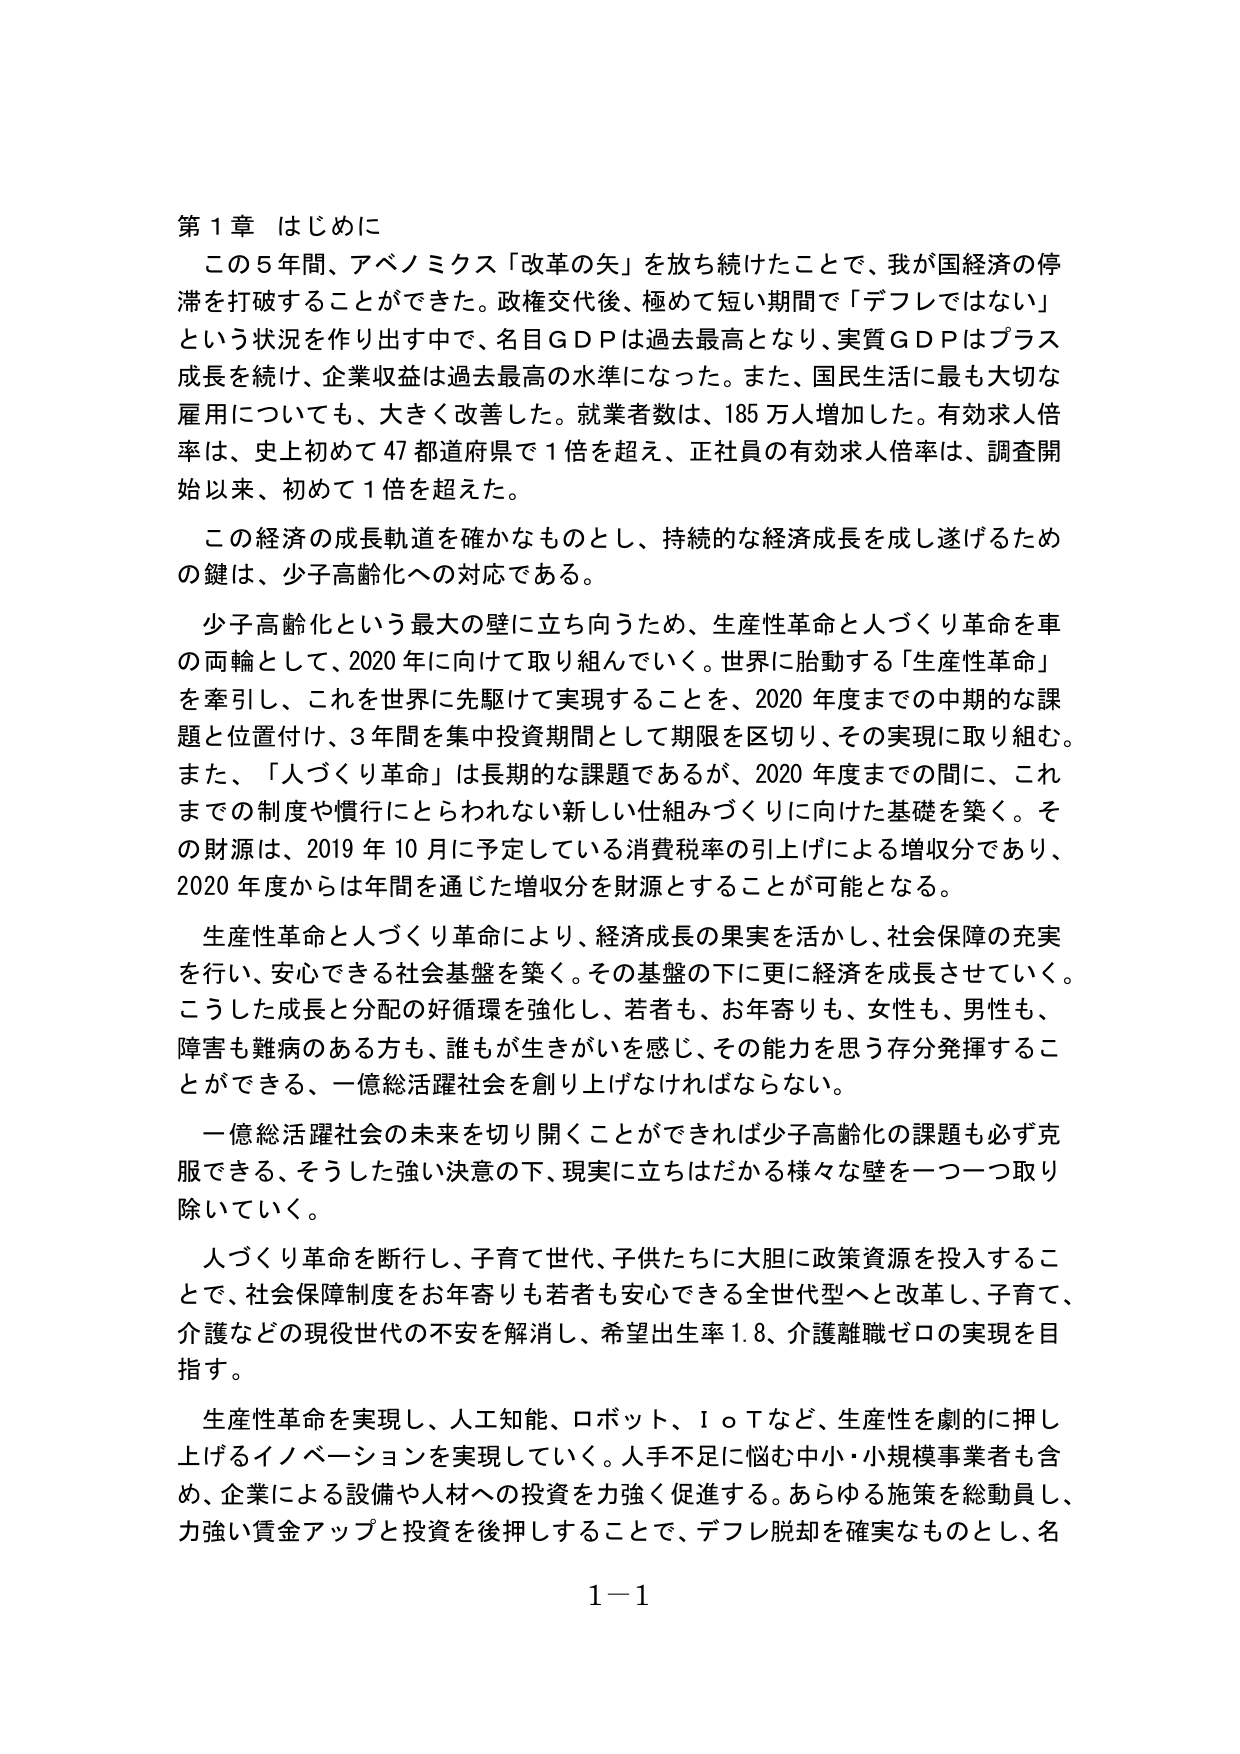
第１章 はじめに
この５年間、アベノミクス「改革の矢」を放ち続けたことで、我が国経済の停滞を打破することができた。政権交代後、極めて短い期間で「デフレではない」という状況を作り出す中で、名目ＧＤＰは過去最高となり、実質ＧＤＰはプラス成長を続け、企業収益は過去最高の水準になった。また、国民生活に最も大切な雇用についても、大きく改善した。就業者数は、185万人増加した。有効求人倍率は、史上初めて47都道府県で1倍を超え、正社員の有効求人倍率は、調査開始以来、初めて1倍を超えた。

この経済の成長軌道を確かなものとし、持続的な経済成長を成し遂げるための鍵は、少子高齢化への対応である。

少子高齢化という最大の壁に立ち向うため、生産性革命と人づくり革命を車の両輪として、2020年に向けて取り組んでいく。世界に胎動する「生産性革命」を牽引し、これを世界に先駆けて実現することを、2020年度までの中期的な課題と位置付け、3年間を集中投資期間として期限を区切り、その実現に取り組む。また、「人づくり革命」は長期的な課題であるが、2020年度までの間に、これまでの制度や慣行にとらわれない新しい仕組みづくりに向けた基礎を築く。その財源は、2019年10月に予定している消費税率の引上げによる増収分であり、2020年度からは年間を通じた増収分を財源とすることができる。

生産性革命と人づくり革命により、経済成長の果実を活かし、社会保障の充実を行い、安心できる社会基盤を築く。その基盤の下に更に経済を成長させていく。こうした成長と分配の好循環を強化し、若者も、お年寄りも、女性も、男性も、障害も難病のある方も、誰もが生きがいを感じ、その能力を思う存分発揮することができる、一億総活躍社会を創り上げなければならない。

一億総活躍社会の未来を切り開くことができれば少子高齢化の課題も必ず克服できる、そうした強い決意の下、現実に立ちはだかる様々な壁を一つ一つ取り除いていく。

人づくり革命を断行し、子育て世代、子供たちに大胆に政策資源を投入することで、社会保障制度をお年寄りも若者も安心できる全世代型へと改革し、子育て、介護などの現役世代の不安を解消し、希望出生率1.8、介護離職ゼロの実現を目指す。

生産性革命を実現し、人工知能、ロボット、ＩｏＴなど、生産性を劇的に押し上げるイノベーションを実現していく。人手不足に悩む中小・小規模事業者も含め、企業による設備や人材への投資を力強く促進する。あらゆる施策を総動員し、力強い賃金アップと投資を後押しすることで、デフレ脱却を確実なものとし、名

1－1